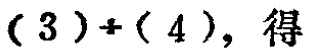
$(3)+(4),\ 得$